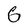
Character: G